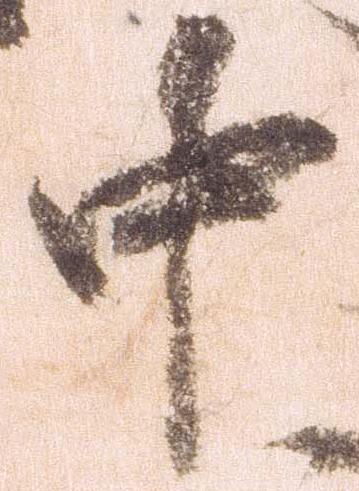
中